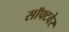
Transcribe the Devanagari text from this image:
सॉफ्‍टवेर